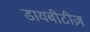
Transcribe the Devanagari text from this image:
डायबीटीज़